Vabadussoja_Ajaloo_Komitee, lk 8
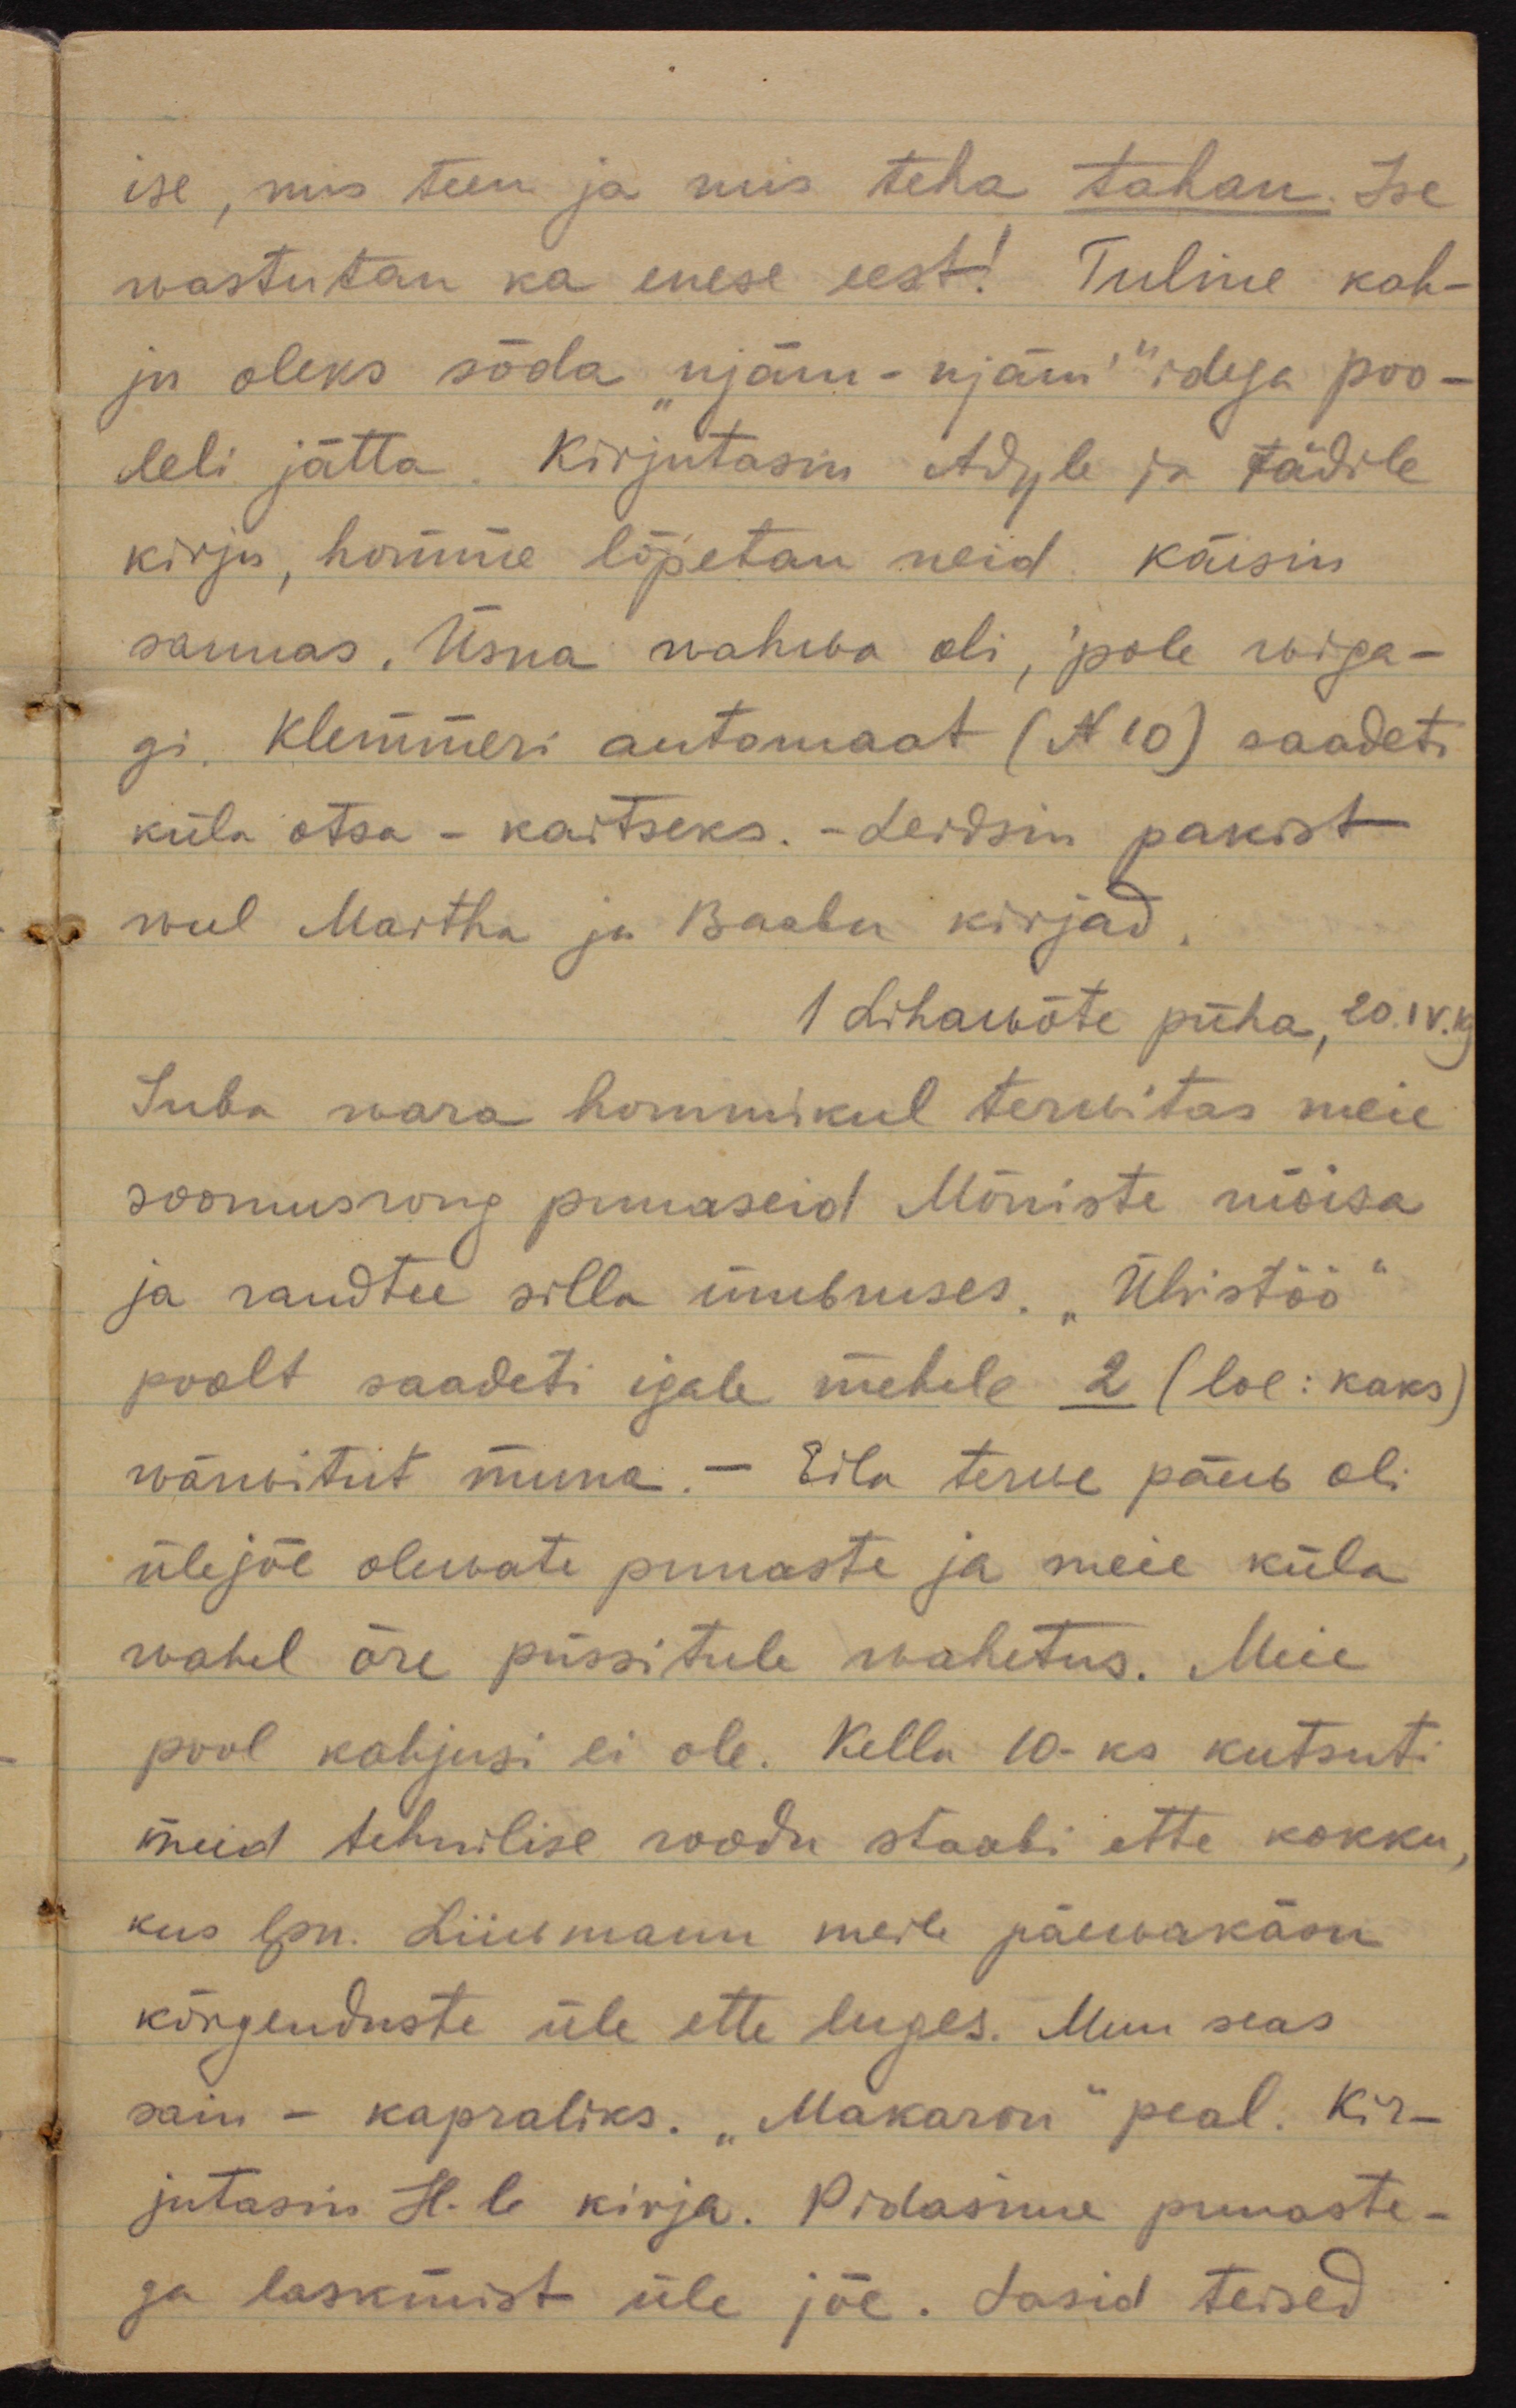
ise, mis teen ja mis teha tahan. Ise
wastutan ka enese eest! Tuline kah-
ju oleks sõda "njäm - njäm"idega poo-
leli jätta. Kirjutasin Adyle ja tädile
kirju, homme lõpetan neid. Käisin
saunas. Üsna wahwa oli, pole wiga-
gi. Klemmeri automaat (N 10) saadeti
küla otsa - kaitseks. Leidsin pakist
weel Martha ja Baabu kirjad.
1 Lihawõte püha, 20.IV.19
Juba wara hommikul terwitas meie
soomusrong punaseid Mõniste mõisa
ja raudtee silla ümbruses. "Ühistöö"
poolt saadeti igale mehele 2 (loe: kaks)
wärvitud muna - Eila terwe päew oli
üle jõe olewate punaste ja meie küla
wahel õre püssitule wahetus. Meie
pool kahjusi ei ole. Kella 10-ks kutsuti
meid tehnilise roodu staabi ette kokku,
kus lpn. Liiwmann meile päewakäsu
kõrgenduste üle ette luges. Muu seas
sain  - kapraliks. "Makaron" peal. Kir-
jutasin H.le kirja. Pidasime punaste-
ga laskmist üle jõe. Lasid teised